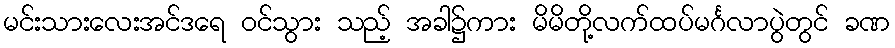
မင်းသားလေးအင်ဒရေ ဝင်သွား သည့် အခါ၌ကား မိမိတို့လက်ထပ်မင်္ဂလာပွဲတွင် ခဏ